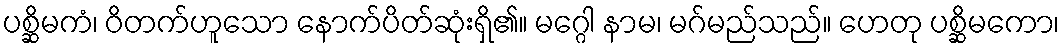
ပစ္ဆိမကံ၊ ဝိတက်ဟူသော နောက်ပိတ်ဆုံးရှိ၏။ မဂ္ဂေါ နာမ၊ မဂ်မည်သည်။ ဟေတု ပစ္ဆိမကော၊